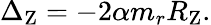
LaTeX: \Delta_{\mathrm{Z}}=-2\alpha m_{r}R_{\mathrm{Z}}.